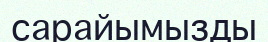
сарайымызды